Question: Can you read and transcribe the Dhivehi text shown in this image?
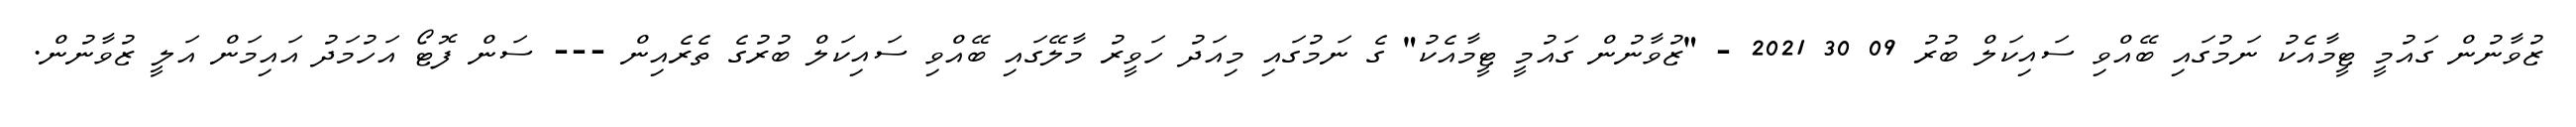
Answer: ޒުވާނުން ގައުމީ ޓީމާއެކު ނަމުގައި ބޭއްވި ސައިކަލް ބުރު 09 30 2021 - "ޒުވާނުން ގައުމީ ޓީމާއެކު" ގެ ނަމުގައި މިއަދު ހަވީރު މާލޭގައި ބޭއްވި ސައިކަލް ބުރުގެ ތެރެއިން --- ސަން ފޮޓޯ އަހުމަދު އައިމަން އަލީ ޒުވާނުން.